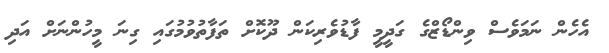
އެހެން ނަމަވެސް ވިންޑޯޒްގެ ގަދީމީ ފާޑުވެރިކަން ދޫކޮށް ތަފާތުވުމުގައި ގިނަ މީހުންނަށް އަދި